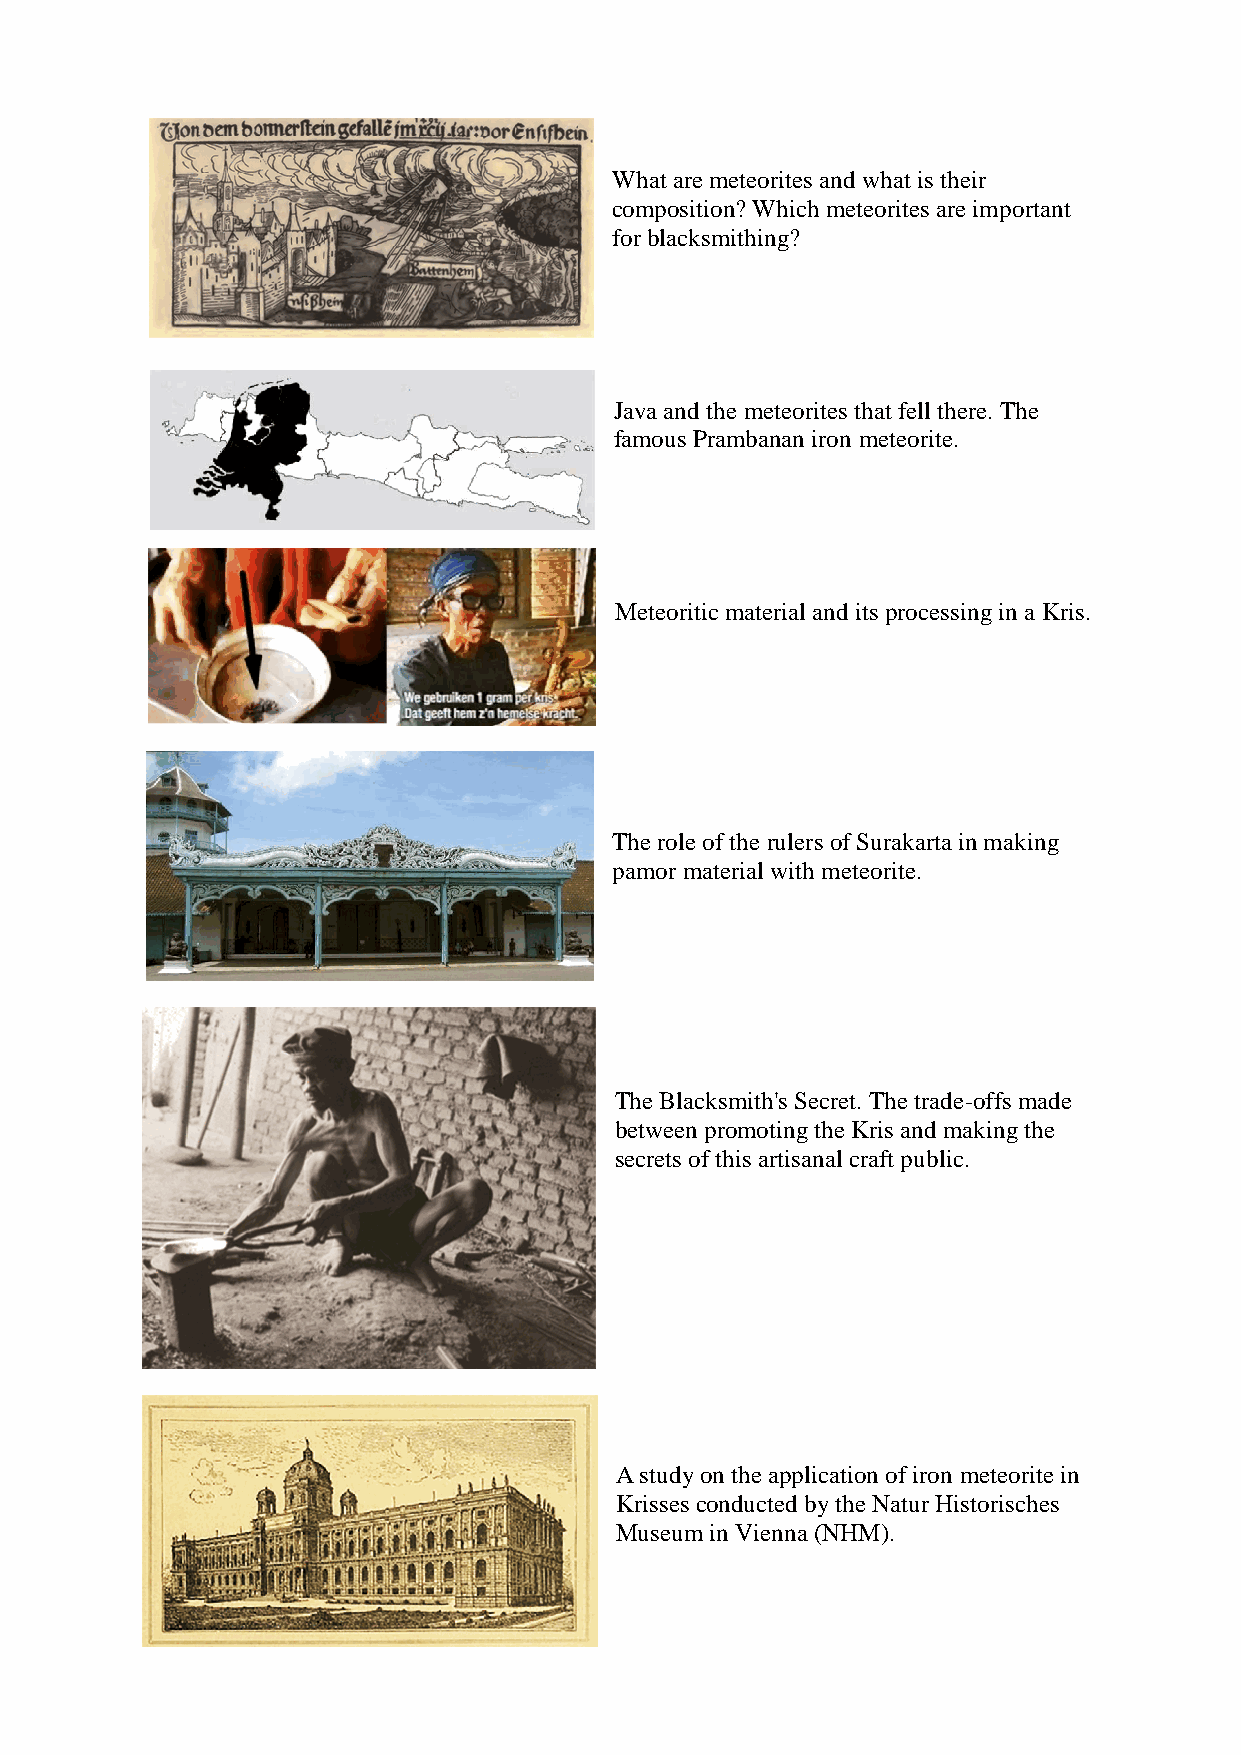
What are meteorites and what is their
 composition? Which meteorites are important
 for blacksmithing?
 Java and the meteorites that fell there. The
 famous Prambanan iron meteorite.
 Meteoritic material and its processing in a Kris.
 The role of the rulers of Surakarta in making
 pamor material with meteorite.
 The Blacksmith's Secret. The trade-offs made
 between promoting the Kris and making the
 secrets of this artisanal craft public.
 A study on the application of iron meteorite in
 Krisses conducted by the Natur Historisches
 Museum in Vienna (NHM).